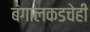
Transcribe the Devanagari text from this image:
बंगालकडचेही